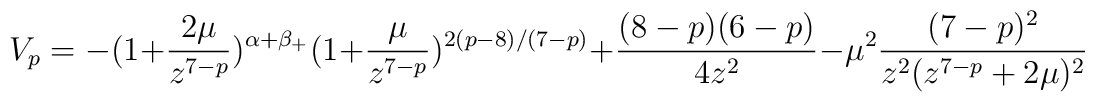
V_p=-(1+\frac{2\mu}{z^{7-p}})^{\alpha+\beta_+}(1+\frac{\mu}{z^{7-p}})^{2(p-8)/(7-p)}+\frac{(8-p)(6-p)}{4z^2}- \mu^2\frac{ (7-p)^2}{z^2(z^{7-p}+2\mu)^2}